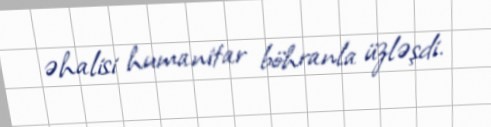
əhalisi humanitar böhranla üzləşdi.